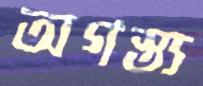
অগস্ত্য